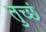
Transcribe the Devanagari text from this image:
तुच्छं